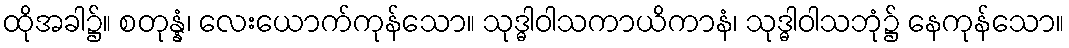
ထိုအခါ၌။ စတုန္နံ၊ လေးယောက်ကုန်သော။ သုဒ္ဓါဝါသကာယိကာနံ၊ သုဒ္ဓါဝါသဘုံ၌ နေကုန်သော။